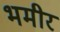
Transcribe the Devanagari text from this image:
भमीर